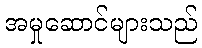
အမှုဆောင်များသည်